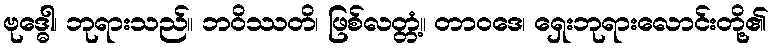
ဗုဒ္ဓေါ၊ ဘုရားသည်။ ဘဝိဿတိ၊ ဖြစ်လတ္တံ့။ တာဝဒေ၊ ရှေးဘုရားလောင်းတို့၏